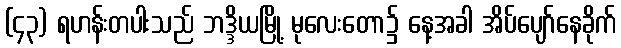
(၄၃) ရဟန်းတပါးသည် ဘဒ္ဒိယမြို့ မုလေးတော၌ နေ့အခါ အိပ်ပျော်နေခိုက်